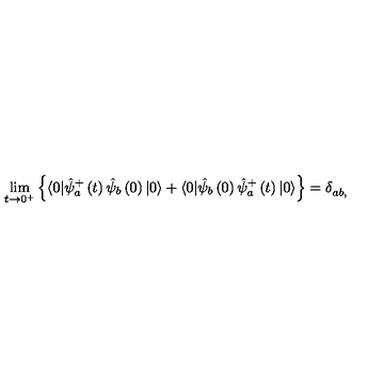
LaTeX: \lim _ { t \rightarrow 0 ^ { + } } \left\{ \langle 0 | \hat { \psi } _ { a } ^ { + } \left( t \right) \hat { \psi } _ { b } \left( 0 \right) | 0 \rangle + \langle 0 | \hat { \psi } _ { b } \left( 0 \right) \hat { \psi } _ { a } ^ { + } \left( t \right) | 0 \rangle \right\} = \delta _ { a b , } ^ { }